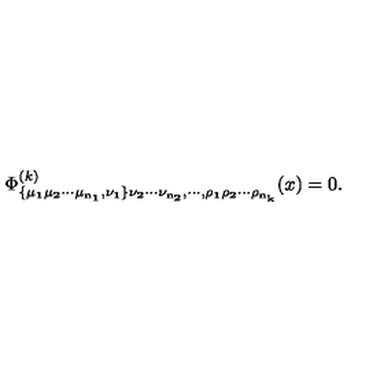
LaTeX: \Phi _ { \bf \{ \mu _ { 1 } \mu _ { 2 } \cdots \mu _ { n _ { 1 } } , \nu _ { 1 } \} \nu _ { 2 } \cdots \nu _ { n _ { 2 } } , \cdots , \rho _ { 1 } \rho _ { 2 } \cdots \rho _ { n _ { k } } } ^ { ( k ) } ( x ) = 0 .